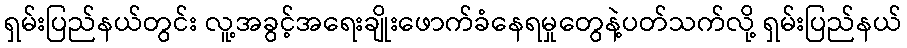
ရှမ်းပြည်နယ်တွင်း လူ့အခွင့်အရေးချိုးဖောက်ခံနေရမှုတွေနဲ့ပတ်သက်လို့ ရှမ်းပြည်နယ်